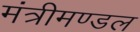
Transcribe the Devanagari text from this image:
मंत्रीमण्‍डल